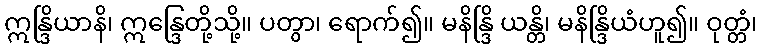
ဣန္ဒြိယာနိ၊ ဣန္ဒြေတို့သို့။ ပတွာ၊ ရောက်၍။ မနိန္ဒြိ ယန္တိ၊ မနိန္ဒြိယံဟူ၍။ ဝုတ္တံ၊